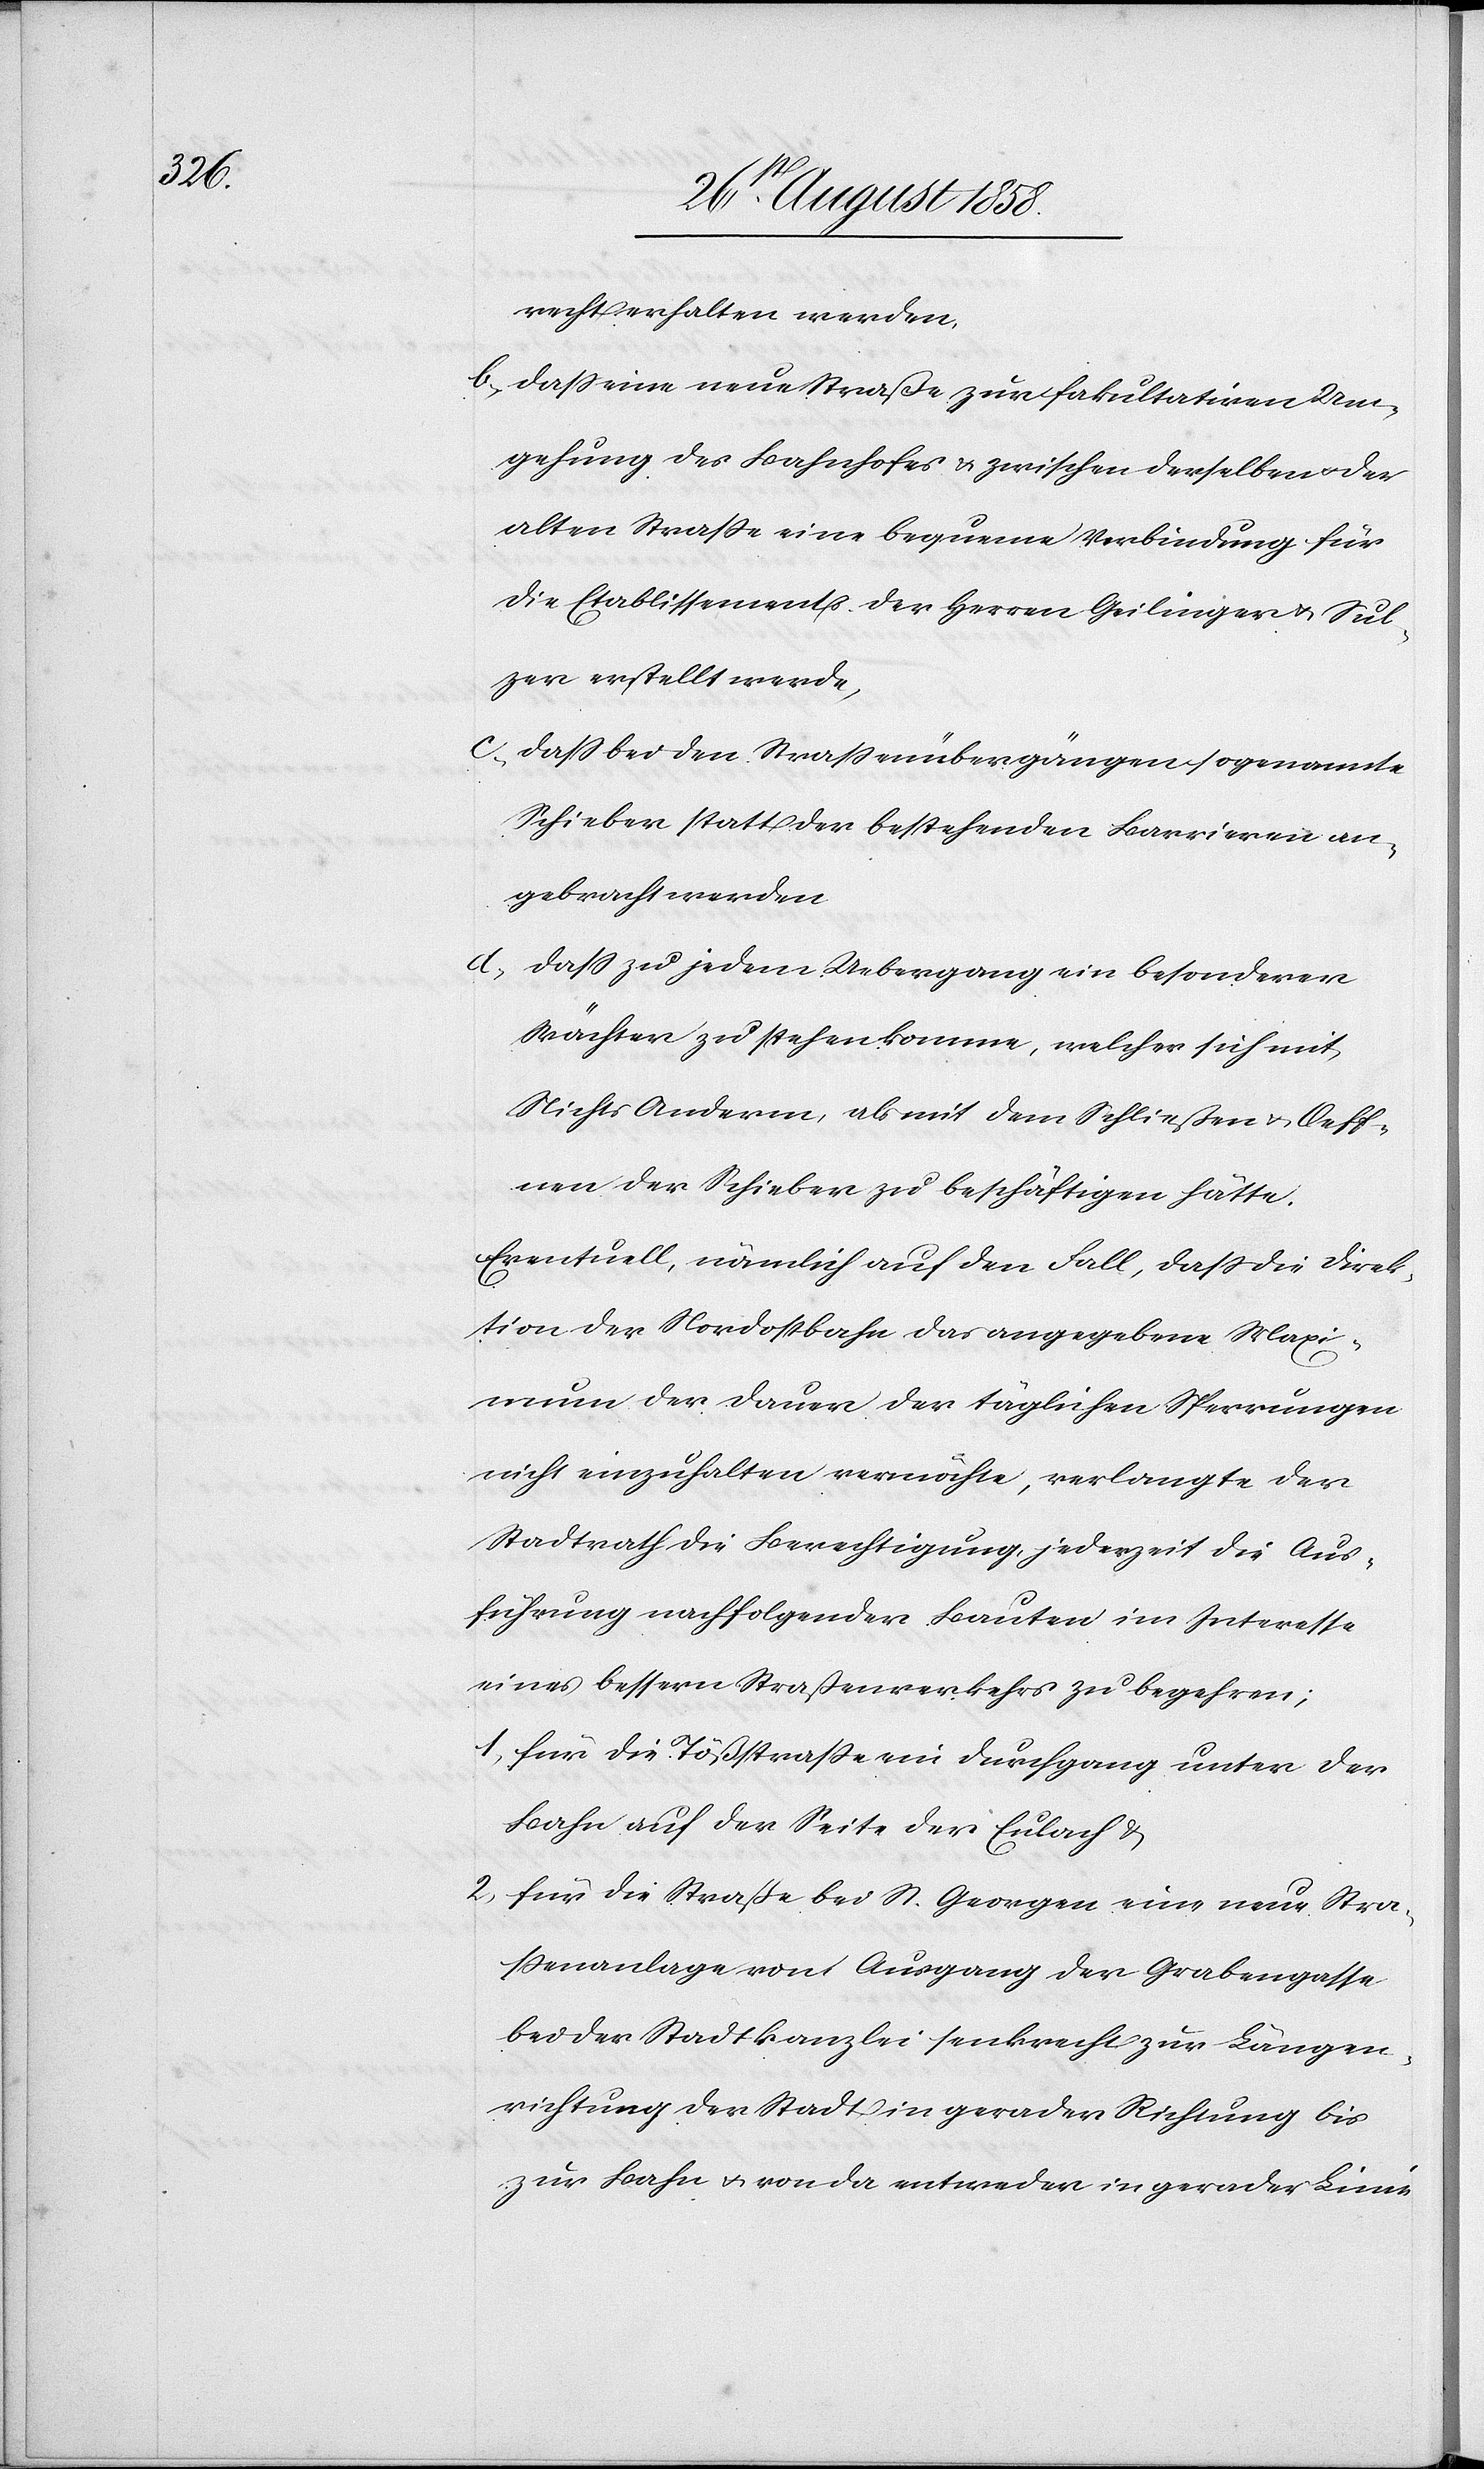
recht erhalten werden,
b. dass eine neue Straße zur fakultativen Um¬
gehung des Bahnhofes & zwischen derselben & der
alten Strasse eine bequeme Verbindung für
die Etablissements der Herren Geilinger & Sul¬
zer erstellt werde,
c. dass bei den Strassenübergängen sogenannte
Schieber statt der bestehenden Barrieren an¬
gebracht werden
d. dass zu jedem Uebergang ein besonderer
Wächter zu stehen komme, welcher sich mit
Nichts Anderm, als mit dem Schließen & Oeff¬
nen der Schieber zu beschäftigen hätte.
Eventuell, nämlich auf den Fall, dass die Direk¬
tion der Nordostbahn das angegebene Maxi¬
mum der Dauer der täglichen Sperrungen
nicht einzuhalten vermöchte, verlangte der
Stadtrath die Berechtigung, jederzeit die Aus¬
führung nachfolgender Bauten im Interesse
eines bessern Straßenverkehrs zu begehren;
1. für die Tößstrasse ein Durchgang unter der
Bahn auf der Seite der Eulach &
2. für die Straße bei St. Georgen eine neue Stra¬
ssenanlage vom Ausgang der Grabengasse
bei der Stadtkanzlei senkrecht zur Längen¬
richtung der Stadt in gerader Richtung bis
zur Bahn & von da entweder in gerader Linie